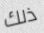
ذلك